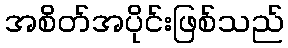
အစိတ်အပိုင်းဖြစ်သည်